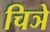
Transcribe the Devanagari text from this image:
चिञे